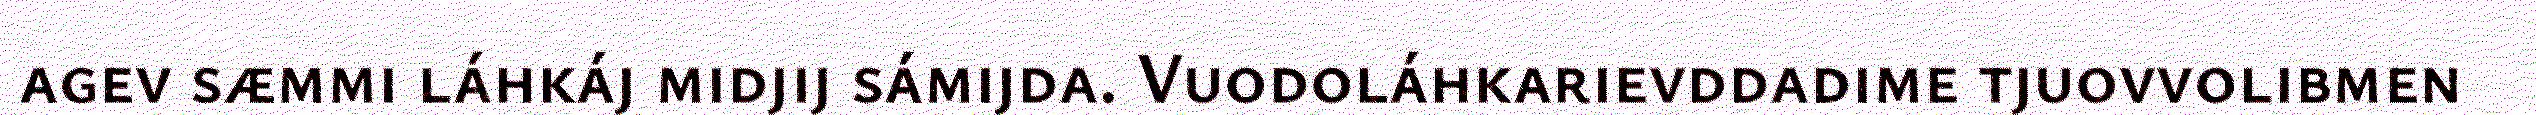
agev sæmmi láhkáj midjij sámijda. Vuodoláhkarievddadime tjuovvolibmen